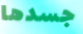
جسدها